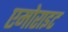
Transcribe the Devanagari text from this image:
एमोराइट